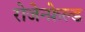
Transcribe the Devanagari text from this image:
रोजेन्फ़ेल्ड